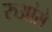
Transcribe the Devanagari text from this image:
रुआंसे